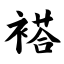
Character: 褡